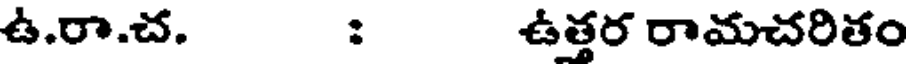
ఉ.రా.చ. : ఉత్తర రామచరితం